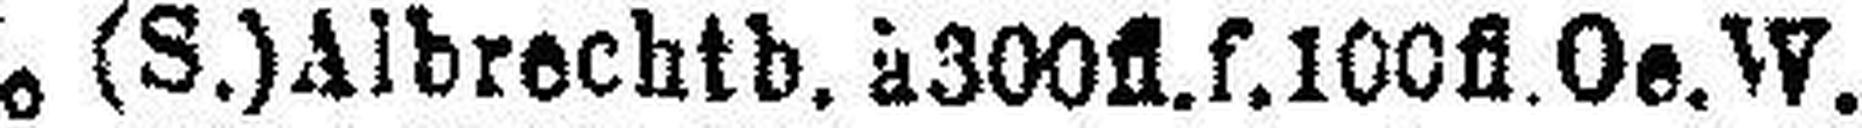
5% (S.)Albrechtb. à 300fl.f.100fl. Oe. W.